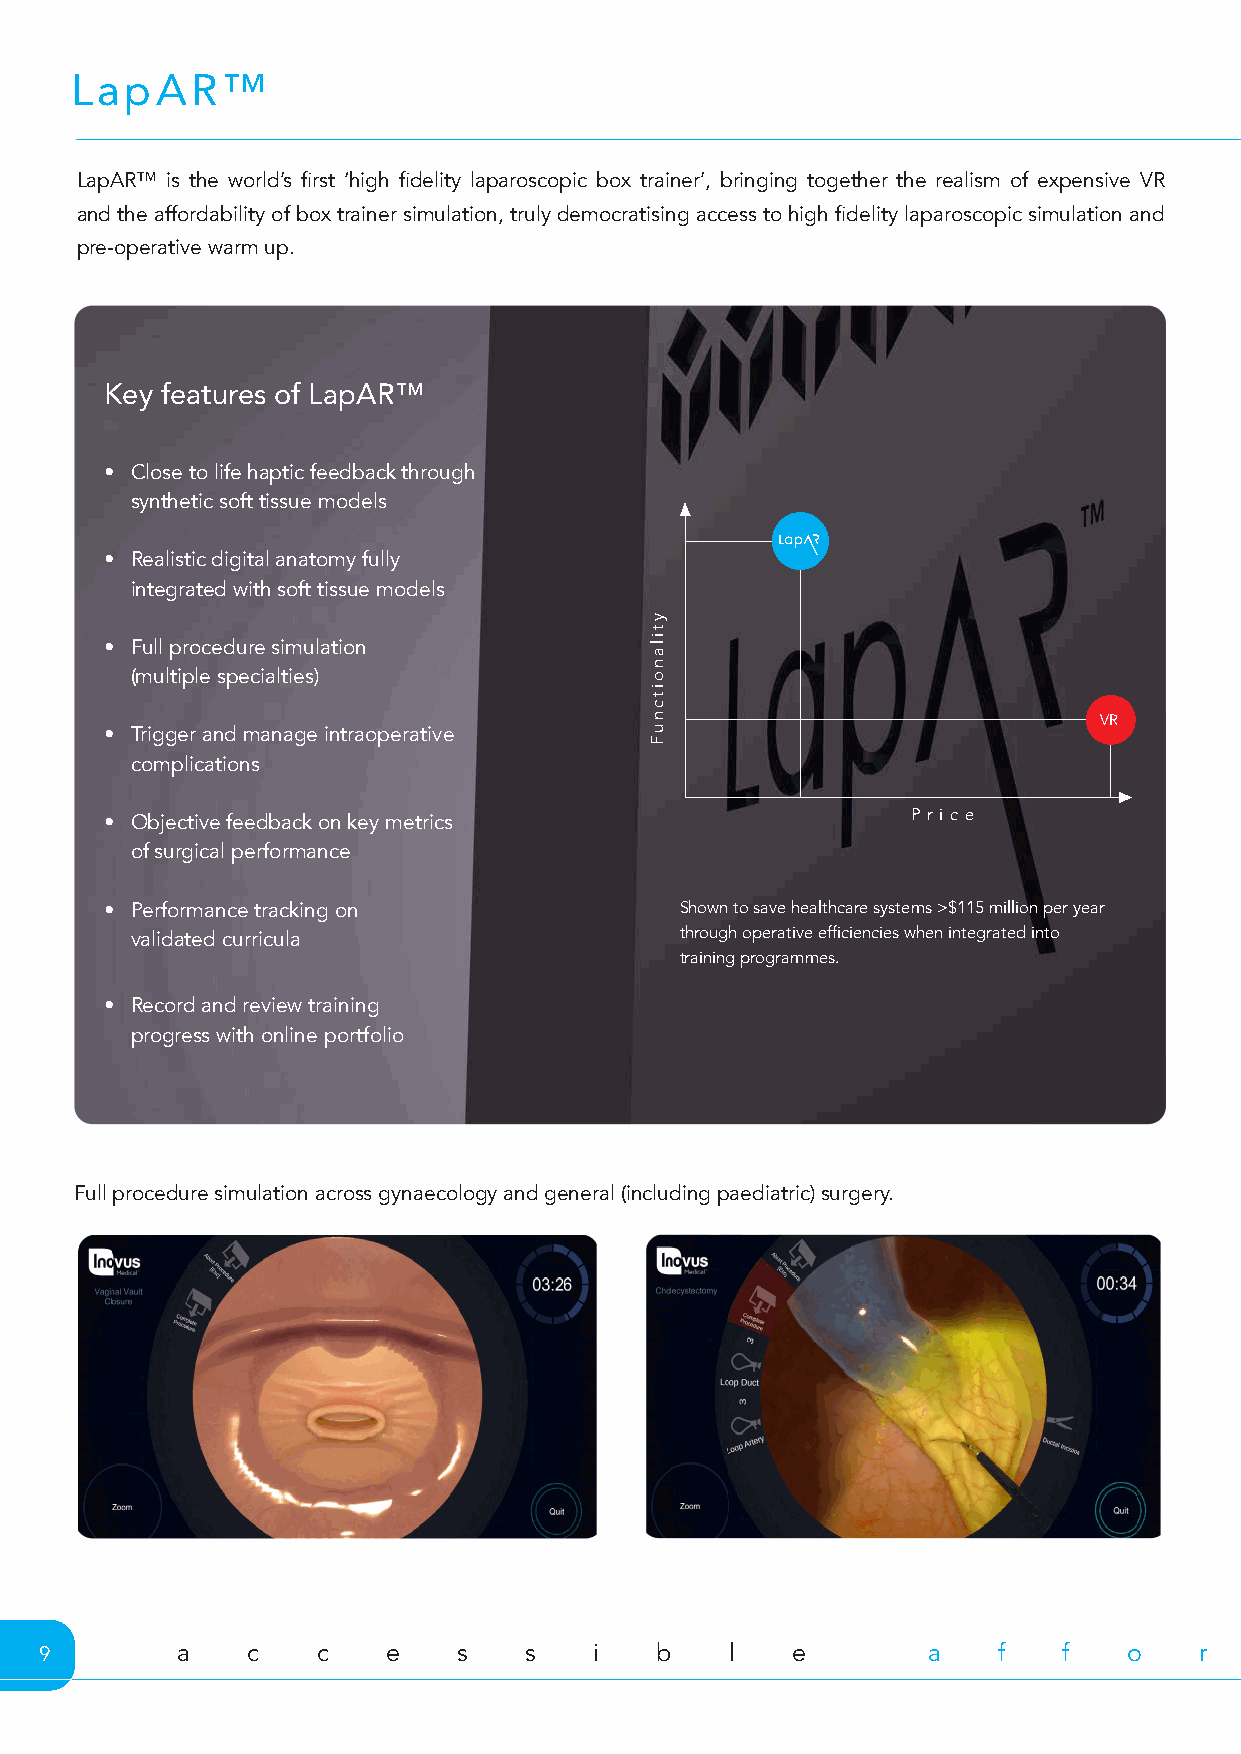
LapAR™
 LapAR™ is the world’s first ‘high fidelity laparoscopic box trainer’, bringing together the realism of expensive VR
 and the affordability of box trainer simulation, truly democratising access to high fidelity laparoscopic simulation and
 pre-operative warm up.
 Key features of LapAR™
 • Close to life haptic feedback through
 synthetic soft tissue models
 • Realistic digital anatomy fully
 integrated with soft tissue models
 • Full procedure simulation
 (multiple specialties)
 VR
 • Trigger and manage intraoperative
 complications
 P r i c e
 • Objective feedback on key metrics
 of surgical performance
 • Performance tracking on             Shown to save healthcare systems >$115 million per year
 validated curricula                 through operative efficiencies when integrated into
 training programmes.
 • Record and review training
 progress with online portfolio
 Full procedure simulation across gynaecology and general (including paediatric) surgery.
 9        a   c    c    e   s    s   i   b    l   e        a    f   f    o   r    d   a    b    l   e        f   u    n    c   t    i   o    n   a    l
 ytilanoitcnuF